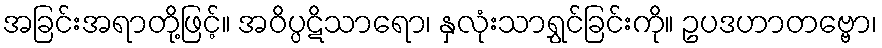
အခြင်းအရာတို့ဖြင့်။ အဝိပ္ပဋိသာရော၊ နှလုံးသာရွှင်ခြင်းကို။ ဥပဒဟာတဗ္ဗော၊